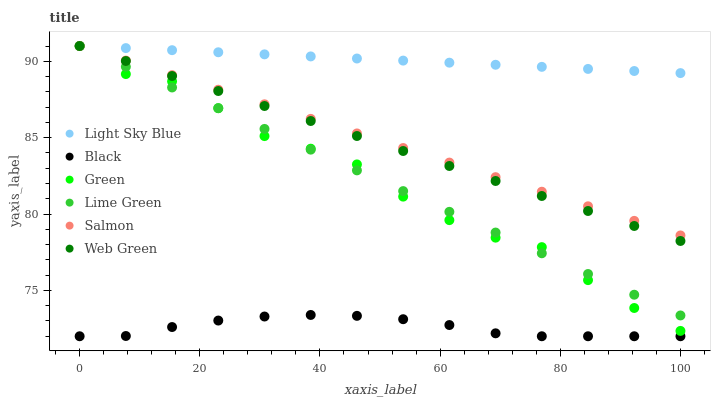
| xaxis_label | Light Sky Blue | Black | Green | Lime Green | Salmon | Web Green |
 | --- | --- | --- | --- | --- | --- | --- |
 | 0 | 91 | 72 | 91 | 91 | 91 | 91 |
 | 7.69 | 90.9 | 72 | 89.2 | 89.6 | 90 | 90 |
 | 15.4 | 90.7 | 72.6 | 88.7 | 88.3 | 89.1 | 89 |
 | 23.1 | 90.6 | 73 | 86.9 | 86.9 | 88.1 | 88.1 |
 | 30.8 | 90.5 | 73.3 | 85.1 | 85.6 | 87.2 | 87.1 |
 | 38.5 | 90.3 | 73.4 | 84.3 | 84.2 | 86.2 | 86.1 |
 | 46.2 | 90.2 | 73.3 | 83.2 | 82.9 | 85.3 | 85.1 |
 | 53.8 | 90 | 73.1 | 81.1 | 81.5 | 84.3 | 84.1 |
 | 61.5 | 89.9 | 72.7 | 79.6 | 80.1 | 83.4 | 83.1 |
 | 69.2 | 89.8 | 72.2 | 78.5 | 78.8 | 82.4 | 82.2 |
 | 76.9 | 89.6 | 72 | 77.8 | 77.4 | 81.5 | 81.2 |
 | 84.6 | 89.5 | 72 | 75.7 | 76.1 | 80.5 | 80.2 |
 | 92.3 | 89.4 | 72 | 73.8 | 74.7 | 79.6 | 79.2 |
 | 100 | 89.2 | 72 | 72.3 | 73.4 | 78.6 | 78.2 |